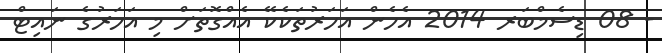
- 08 ޑިސެމްބަރ 2014 އެހެން އަހަރުތަކެކޭ އެއްގޮތަށް މި އަހަރުގެ ނައިޓް